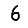
Digit: 6